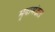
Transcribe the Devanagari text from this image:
मृदामंडल